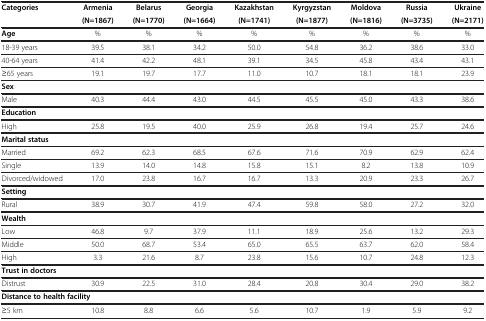
<table><thead><tr><td><b>Categories</b></td><td><b>Armenia</b></td><td><b>Belarus</b></td><td><b>Georgia</b></td><td><b>Kazakhstan</b></td><td><b>Kyrgyzstan</b></td><td><b>Moldova</b></td><td><b>Russia</b></td><td><b>Ukraine</b></td></tr><tr><td><b> </b></td><td><b>(N=1867)</b></td><td><b>(N=1770)</b></td><td><b>(N=1664)</b></td><td><b>(N=1741)</b></td><td><b>(N=1877)</b></td><td><b>(N=1816)</b></td><td><b>(N=3735)</b></td><td><b>(N=2171)</b></td></tr></thead><tbody><tr><td><b>Age</b></td><td>%</td><td>%</td><td>%</td><td>%</td><td>%</td><td>%</td><td>%</td><td>%</td></tr><tr><td>18-39 years</td><td>39.5</td><td>38.1</td><td>34.2</td><td>50.0</td><td>54.8</td><td>36.2</td><td>38.6</td><td>33.0</td></tr><tr><td>40-64 years</td><td>41.4</td><td>42.2</td><td>48.1</td><td>39.1</td><td>34.5</td><td>45.8</td><td>43.4</td><td>43.1</td></tr><tr><td>≥65 years</td><td>19.1</td><td>19.7</td><td>17.7</td><td>11.0</td><td>10.7</td><td>18.1</td><td>18.1</td><td>23.9</td></tr><tr><td><b>Sex</b></td><td> </td><td> </td><td> </td><td> </td><td> </td><td> </td><td> </td><td> </td></tr><tr><td>Male</td><td>40.3</td><td>44.4</td><td>43.0</td><td>44.5</td><td>45.5</td><td>45.0</td><td>43.3</td><td>38.6</td></tr><tr><td><b>Education</b></td><td> </td><td> </td><td> </td><td> </td><td> </td><td> </td><td> </td><td> </td></tr><tr><td>High</td><td>25.8</td><td>19.5</td><td>40.0</td><td>25.9</td><td>26.8</td><td>19.4</td><td>25.7</td><td>24.6</td></tr><tr><td><b>Marital status</b></td><td> </td><td> </td><td> </td><td> </td><td> </td><td> </td><td> </td><td> </td></tr><tr><td>Married</td><td>69.2</td><td>62.3</td><td>68.5</td><td>67.6</td><td>71.6</td><td>70.9</td><td>62.9</td><td>62.4</td></tr><tr><td>Single</td><td>13.9</td><td>14.0</td><td>14.8</td><td>15.8</td><td>15.1</td><td>8.2</td><td>13.8</td><td>10.9</td></tr><tr><td>Divorced/widowed</td><td>17.0</td><td>23.8</td><td>16.7</td><td>16.7</td><td>13.3</td><td>20.9</td><td>23.3</td><td>26.7</td></tr><tr><td><b>Setting</b></td><td> </td><td> </td><td> </td><td> </td><td> </td><td> </td><td> </td><td> </td></tr><tr><td>Rural</td><td>38.9</td><td>30.7</td><td>41.9</td><td>47.4</td><td>59.8</td><td>58.0</td><td>27.2</td><td>32.0</td></tr><tr><td><b>Wealth</b></td><td> </td><td> </td><td> </td><td> </td><td> </td><td> </td><td> </td><td> </td></tr><tr><td>Low</td><td>46.8</td><td>9.7</td><td>37.9</td><td>11.1</td><td>18.9</td><td>25.6</td><td>13.2</td><td>29.3</td></tr><tr><td>Middle</td><td>50.0</td><td>68.7</td><td>53.4</td><td>65.0</td><td>65.5</td><td>63.7</td><td>62.0</td><td>58.4</td></tr><tr><td>High</td><td>3.3</td><td>21.6</td><td>8.7</td><td>23.8</td><td>15.6</td><td>10.7</td><td>24.8</td><td>12.3</td></tr><tr><td><b>Trust in doctors</b></td><td> </td><td> </td><td> </td><td> </td><td> </td><td> </td><td> </td><td> </td></tr><tr><td>Distrust</td><td>30.9</td><td>22.5</td><td>31.0</td><td>28.4</td><td>20.8</td><td>30.4</td><td>29.0</td><td>38.2</td></tr><tr><td colspan="2"><b>Distance to health facility</b></td><td> </td><td> </td><td> </td><td> </td><td> </td><td> </td><td> </td></tr><tr><td>≥5 km</td><td>10.8</td><td>8.8</td><td>6.6</td><td>5.6</td><td>10.7</td><td>1.9</td><td>5.9</td><td>9.2</td></tr></tbody></table>